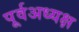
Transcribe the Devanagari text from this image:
पूर्वअध्यक्ष